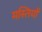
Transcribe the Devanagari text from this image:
मस्तियों